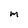
Character: m